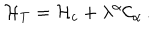
LaTeX: { \cal H } _ { T } = { \cal H } _ { c } + \lambda ^ { \alpha } { \cal C } _ { \alpha } \, .